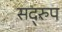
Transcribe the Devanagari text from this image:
सद्‌रुप